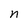
Character: n